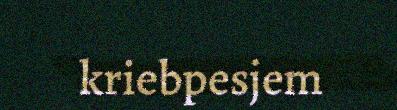
kriebpesjem